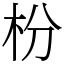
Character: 枌